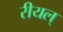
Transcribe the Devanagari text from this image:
रीयल्